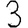
Digit: 3